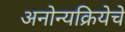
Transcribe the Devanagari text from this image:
अनोन्यक्रियेचे